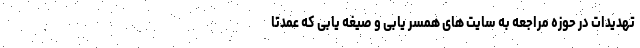
تهدیدات در حوزه مراجعه به سایت های همسر یابی و صیغه یابی که عمدتا